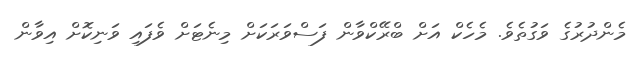
މެންދުރުގެ ވަގުތެވެ. މެހެކް އަށް ބްރޭކްވާން ފަސްވަރަކަށް މިނެޓަށް ވެފައި ވަނިކޮށް އިވާން